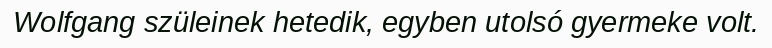
Wolfgang szüleinek hetedik, egyben utolsó gyermeke volt.